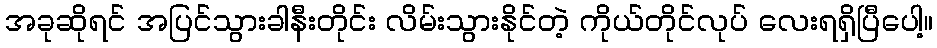
အခုဆိုရင် အပြင်သွားခါနီးတိုင်း လိမ်းသွားနိုင်တဲ့ ကိုယ်တိုင်လုပ် လေးရရှိပြီပေါ့။